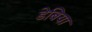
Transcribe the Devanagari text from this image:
डेबिया